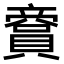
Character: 𧷞